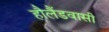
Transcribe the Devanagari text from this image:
हौलैंडवासी